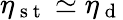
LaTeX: \eta_{\mathrm{~s~t~}}\simeq\eta_{\mathrm{~d~}}